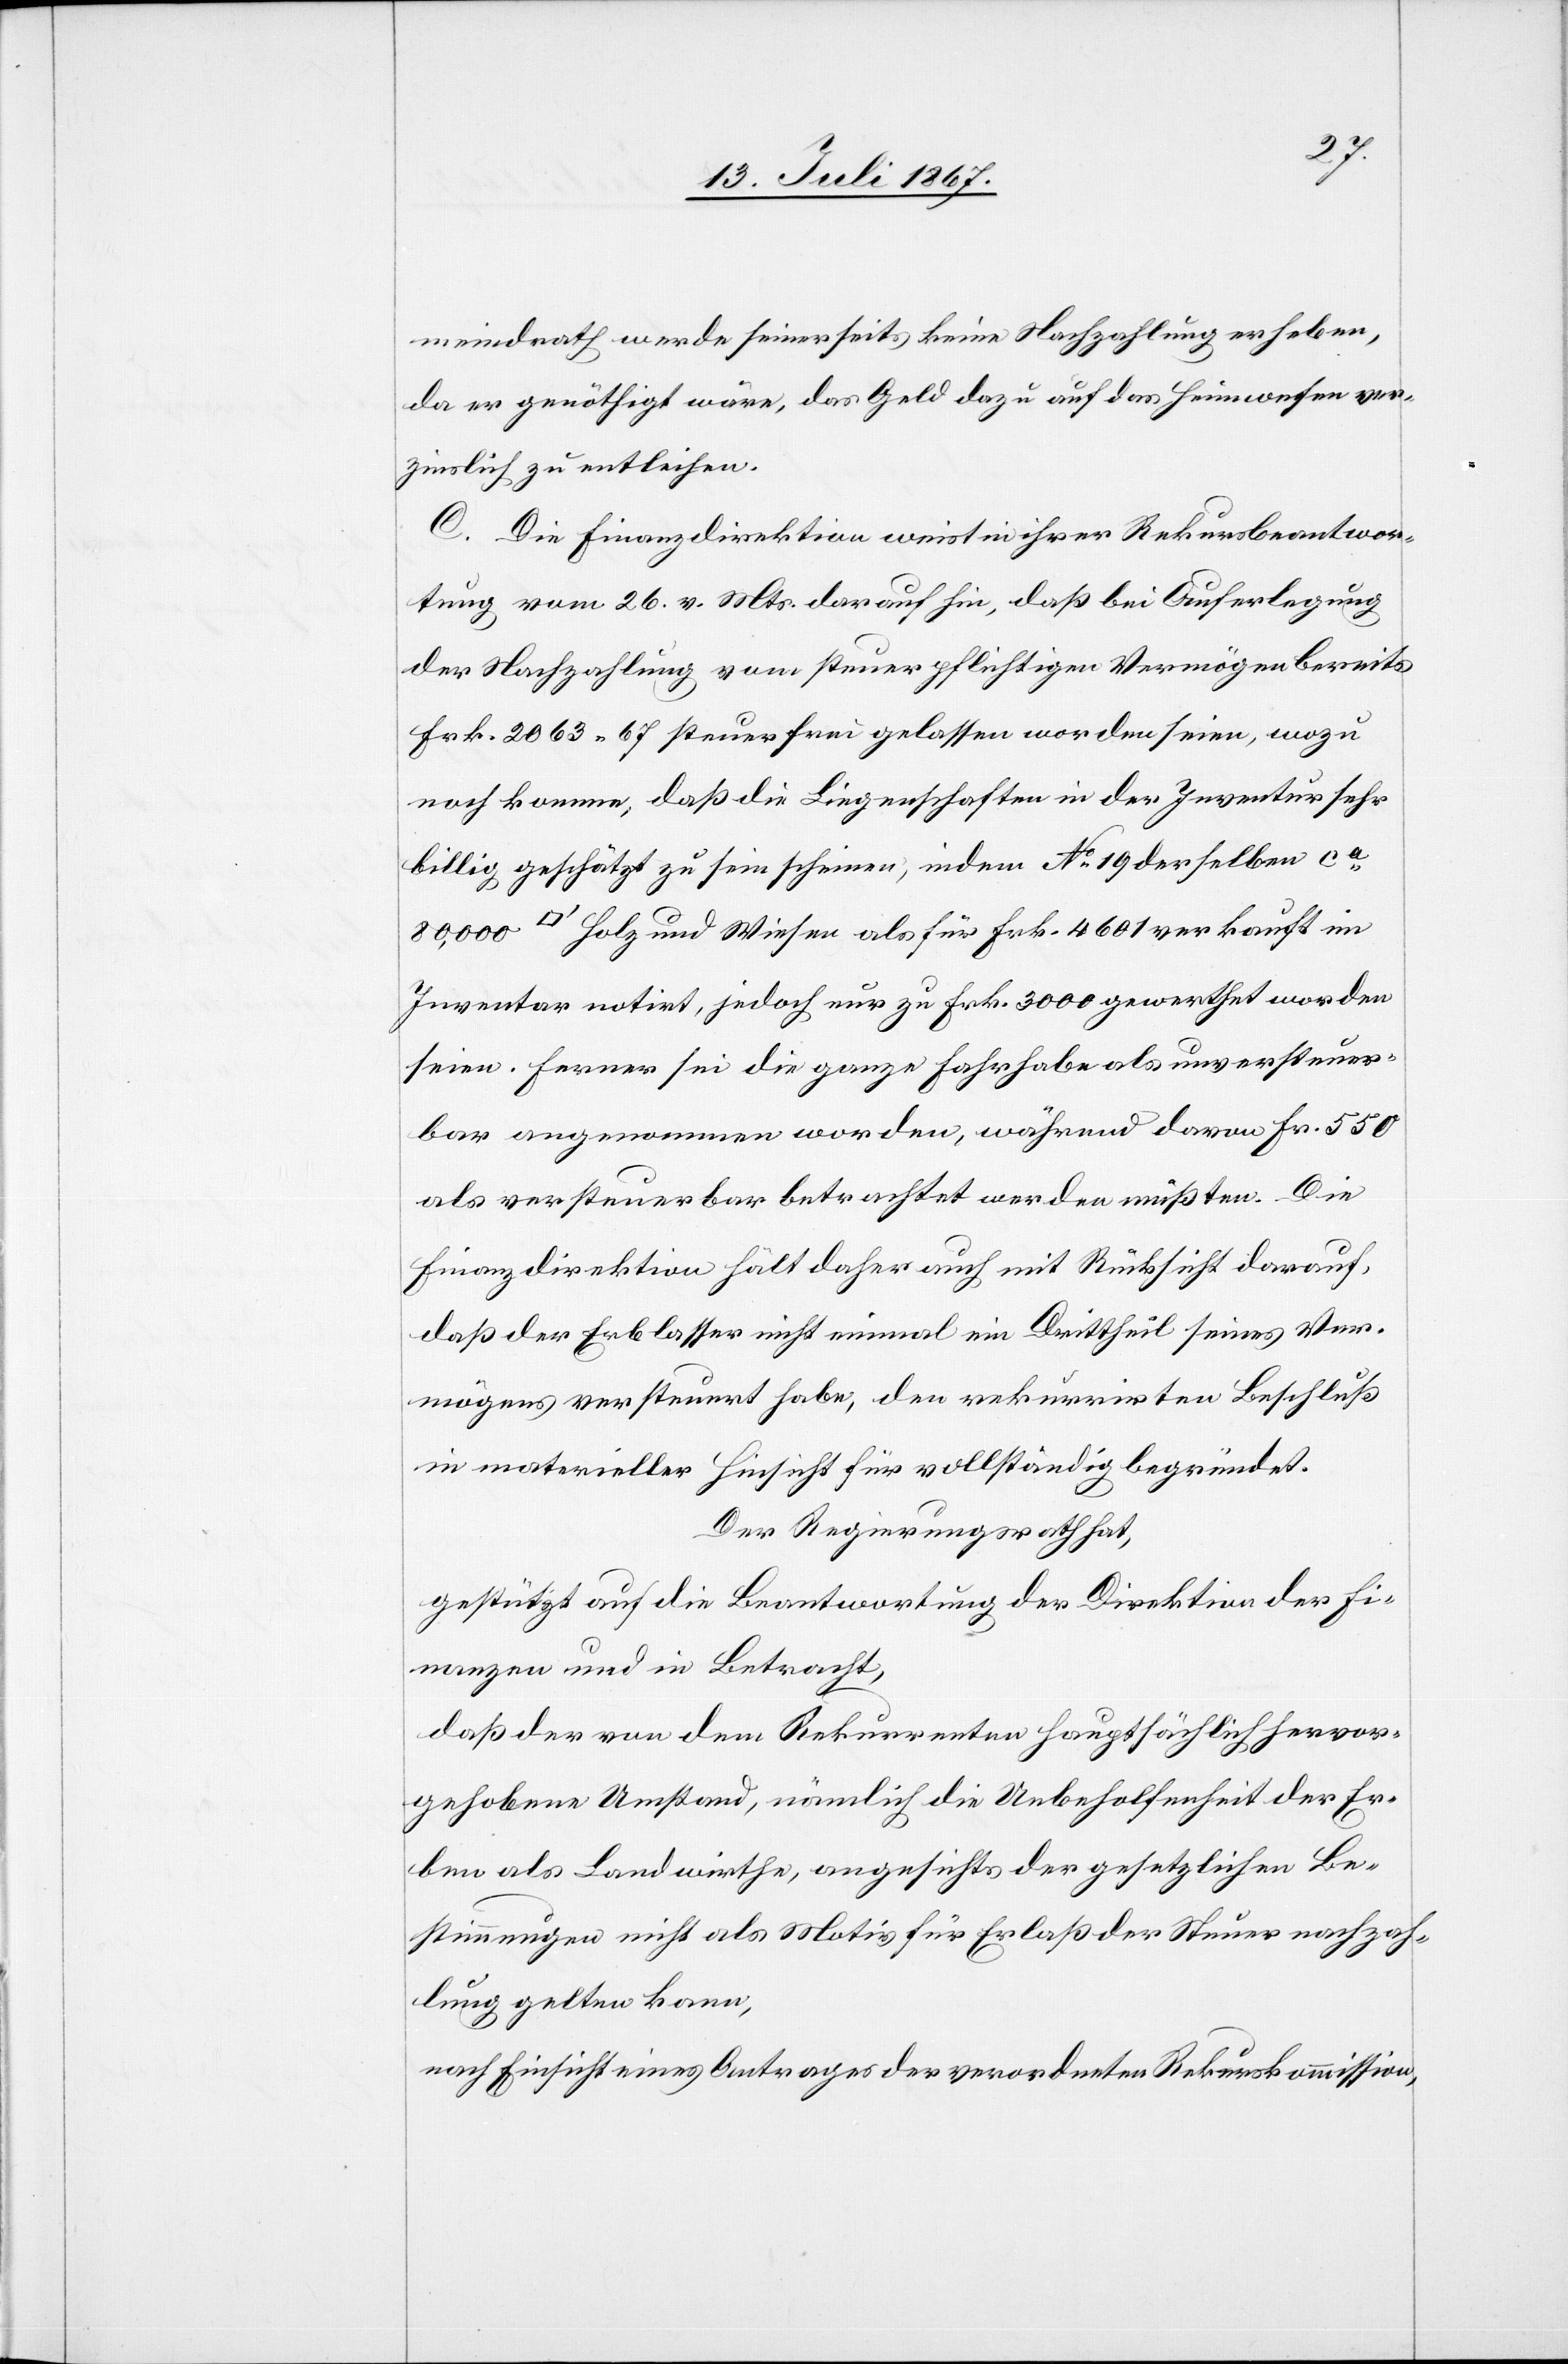
meindrath werde seinerseits keine Nachzahlung erheben,
da er genöthigt wäre, das Geld dazu auf das Heimwesen ver¬
zinslich zu entleihen.
C. Die Finanzdirektion weist in ihrer Rekursbeantwor¬
tung vom 26. v. Mts darauf hin, daß bei Auferlegung
der Nachzahlung vom steuerpflichtigen Vermögen bereits
Frk. 2063.67 steuerfrei gelassen worden sei, wozu
noch komme, daß die Liegenschaften in der Inventur sehr
billig geschätzt zu sein scheinen, indem No. 19 derselben ca.
[Quadratfuß] Holz und Wiesen als für Frk. 4601 verkauft im
Inventar notirt, jedoch nur zu Frk. 3000 gewerthet worden
seien. Ferner sei die ganze Fahrhabe als unversteuer¬
bar angenommen worden, während daran Fr. 550
als versteuerbar betrachtet werden müßten. Die
Finanzdirektion hält daher auch mit Rücksicht darauf,
daß der Erblasser nicht einmal ein Drittheil seines Ver¬
mögens versteuert habe, den rekurrirten Beschluß
in materieller Hinsicht für vollständig begründet.
Der Regierungsrath hat,
gestützt auf die Beantwortung der Direktion der Fi¬
nanzen und in Betracht,
daß der von dem Rekurrenten hauptsächlich hervor¬
gehobene Umstand, nämlich die Unbeholfenheit der Er¬
ben als Landwirthe, angesichts der gesetzlichen Be¬
stimmungen nicht als Motiv für Erlaß der Steuernachzah¬
lung gelten kann,
nach Einsicht eines Antrages der verordneten Rekurskommission,